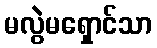
မလွဲမရှောင်သာ